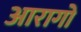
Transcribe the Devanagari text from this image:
आरागो